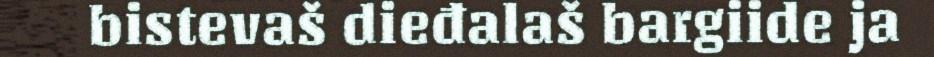
bistevaš dieđalaš bargiide ja